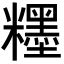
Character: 𥽞